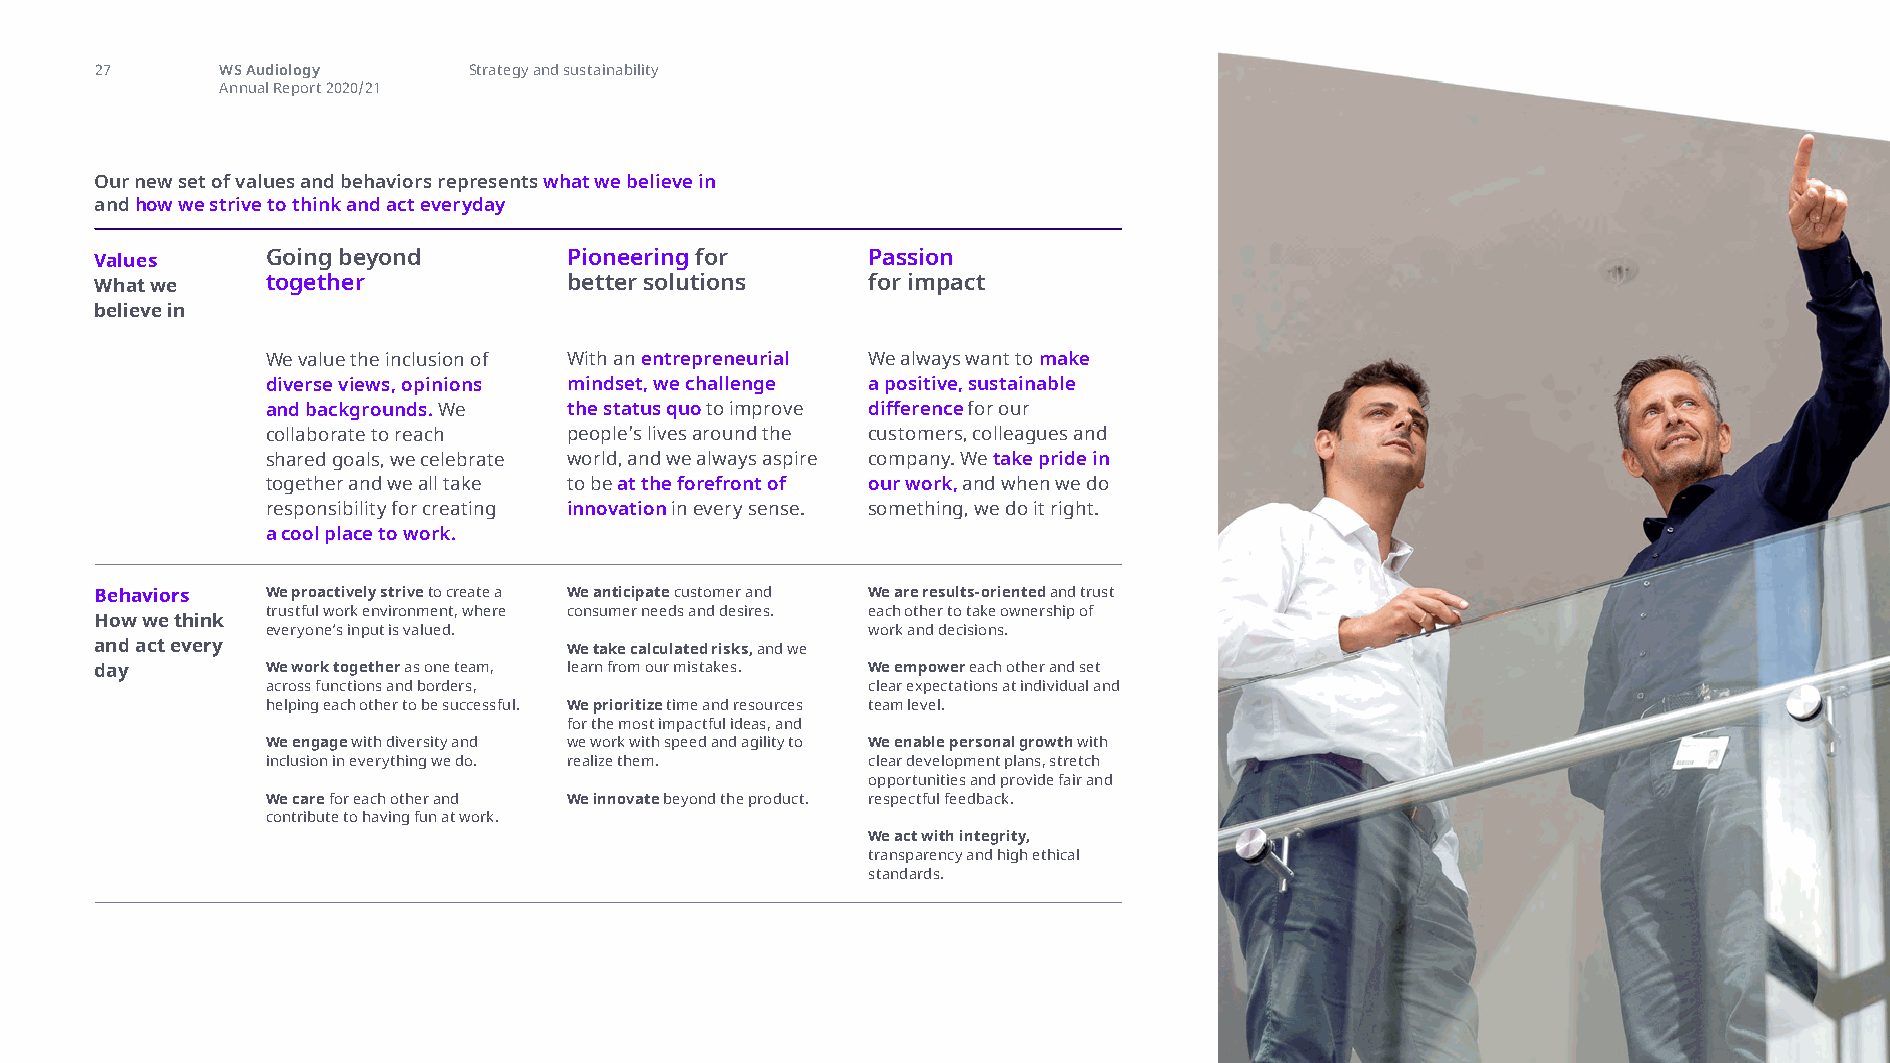
27       WS Audiology    Strategy and sustainability
 Annual Report 2020/21
 Our new set of values and behaviors represents what we believe in
 and how we strive to think and act everyday
 Values      Going beyond        Pioneering for     Passion
 What we     together            better solutions   for impact
 believe in
 We value the inclusion of With an entrepreneurial We always want to make
 diverse views, opinions mindset, we challenge a positive, sustainable
 and backgrounds. We the status quo to improve difference for our
 collaborate to reach people’s lives around the customers, colleagues and
 shared goals, we celebrate world, and we always aspire company. We take pride in
 together and we all take to be at the forefront of our work, and when we do
 responsibility for creating innovation in every sense. something, we do it right.
 a cool place to work.
 Behaviors   We proactively strive to create a We anticipate customer and We are results-oriented and trust
 trustful work environment, where consumer needs and desires. each other to take ownership of
 How we think
 everyone’s input is valued.            work and decisions.
 and act every                   We take calculated risks, and we
 day         We work together as one team, learn from our mistakes. We empower each other and set
 across functions and borders,          clear expectations at individual and
 helping each other to be successful. We prioritize time and resources team level.
 for the most impactful ideas, and
 We engage with diversity and we work with speed and agility to We enable personal growth with
 inclusion in everything we do. realize them. clear development plans, stretch
 opportunities and provide fair and
 We care for each other and We innovate beyond the product. respectful feedback.
 contribute to having fun at work.
 We act with integrity,
 transparency and high ethical
 standards.